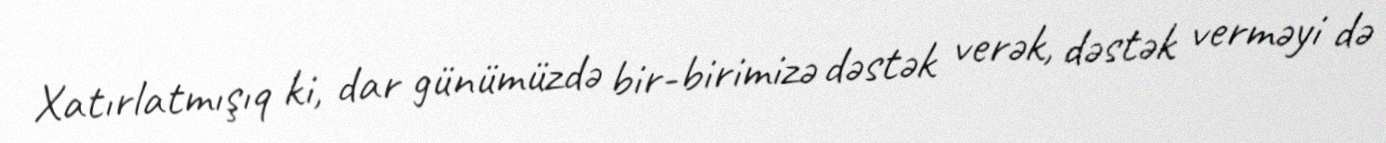
Xatırlatmışıq ki, dar günümüzdə bir-birimizə dəstək verək, dəstək verməyi də